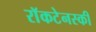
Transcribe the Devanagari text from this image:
राॅकटेनस्की